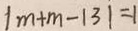
\vert m + m - 1 3 \vert = 1